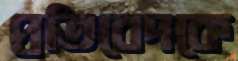
প্রতিবেদকে